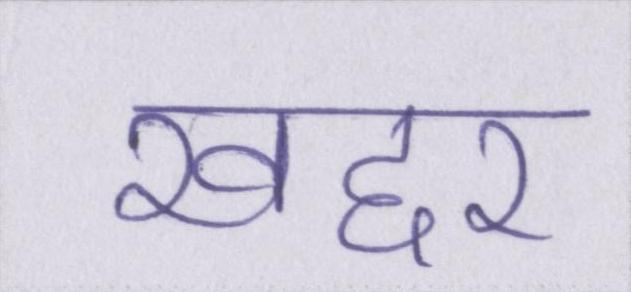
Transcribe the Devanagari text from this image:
खद्दर